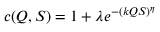
c ( Q , S ) = 1 + \lambda e ^ { - ( k Q S ) ^ { \eta } }